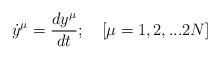
LaTeX: \begin{align*}{\dot y}^\mu = {{dy^\mu} \over {dt}}; \quad [\mu = 1,2,...2N]\end{align*}